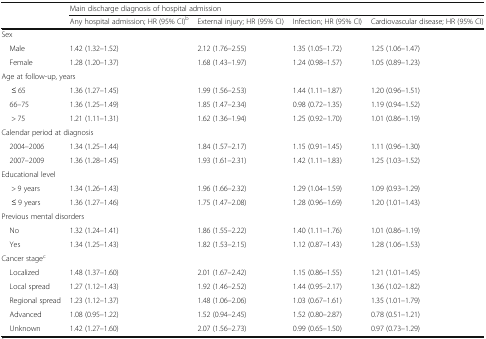
<table><thead><tr><td></td><td colspan="4"><b>Main discharge diagnosis of hospital admission</b></td></tr><tr><td></td><td><b>Any hospital admission; HR (95% CI)<sup>b</sup></b></td><td><b>External injury; HR (95% CI)</b></td><td><b>Infection; HR (95% CI)</b></td><td><b>Cardiovascular disease; HR (95% CI)</b></td></tr></thead><tbody><tr><td colspan="5">Sex</td></tr><tr><td> Male</td><td>1.42 (1.32–1.52)</td><td>2.12 (1.76–2.55)</td><td>1.35 (1.05–1.72)</td><td>1.25 (1.06–1.47)</td></tr><tr><td> Female</td><td>1.28 (1.20–1.37)</td><td>1.68 (1.43–1.97)</td><td>1.24 (0.98–1.57)</td><td>1.05 (0.89–1.23)</td></tr><tr><td colspan="5">Age at follow-up, years</td></tr><tr><td>≤ 65</td><td>1.36 (1.27–1.45)</td><td>1.99 (1.56–2.53)</td><td>1.44 (1.11–1.87)</td><td>1.20 (0.96–1.51)</td></tr><tr><td> 66–75</td><td>1.36 (1.25–1.49)</td><td>1.85 (1.47–2.34)</td><td>0.98 (0.72–1.35)</td><td>1.19 (0.94–1.52)</td></tr><tr><td>&gt; 75</td><td>1.21 (1.11–1.31)</td><td>1.62 (1.36–1.94)</td><td>1.25 (0.92–1.70)</td><td>1.01 (0.86–1.19)</td></tr><tr><td colspan="5">Calendar period at diagnosis</td></tr><tr><td> 2004–2006</td><td>1.34 (1.25–1.44)</td><td>1.84 (1.57–2.17)</td><td>1.15 (0.91–1.45)</td><td>1.11 (0.96–1.30)</td></tr><tr><td> 2007–2009</td><td>1.36 (1.28–1.45)</td><td>1.93 (1.61–2.31)</td><td>1.42 (1.11–1.83)</td><td>1.25 (1.03–1.52)</td></tr><tr><td colspan="5">Educational level</td></tr><tr><td>&gt; 9 years</td><td>1.34 (1.26–1.43)</td><td>1.96 (1.66–2.32)</td><td>1.29 (1.04–1.59)</td><td>1.09 (0.93–1.29)</td></tr><tr><td>≤ 9 years</td><td>1.36 (1.27–1.46)</td><td>1.75 (1.47–2.08)</td><td>1.28 (0.96–1.69)</td><td>1.20 (1.01–1.43)</td></tr><tr><td colspan="5">Previous mental disorders</td></tr><tr><td> No</td><td>1.32 (1.24–1.41)</td><td>1.86 (1.55–2.22)</td><td>1.40 (1.11–1.76)</td><td>1.01 (0.86–1.19)</td></tr><tr><td> Yes</td><td>1.34 (1.25–1.43)</td><td>1.82 (1.53–2.15)</td><td>1.12 (0.87–1.43)</td><td>1.28 (1.06–1.53)</td></tr><tr><td colspan="5">Cancer stage<sup>c</sup></td></tr><tr><td> Localized</td><td>1.48 (1.37–1.60)</td><td>2.01 (1.67–2.42)</td><td>1.15 (0.86–1.55)</td><td>1.21 (1.01–1.45)</td></tr><tr><td> Local spread</td><td>1.27 (1.12–1.43)</td><td>1.92 (1.46–2.52)</td><td>1.44 (0.95–2.17)</td><td>1.36 (1.02–1.82)</td></tr><tr><td> Regional spread</td><td>1.23 (1.12–1.37)</td><td>1.48 (1.06–2.06)</td><td>1.03 (0.67–1.61)</td><td>1.35 (1.01–1.79)</td></tr><tr><td> Advanced</td><td>1.08 (0.95–1.22)</td><td>1.52 (0.94–2.45)</td><td>1.52 (0.80–2.87)</td><td>0.78 (0.51–1.21)</td></tr><tr><td> Unknown</td><td>1.42 (1.27–1.60)</td><td>2.07 (1.56–2.73)</td><td>0.99 (0.65–1.50)</td><td>0.97 (0.73–1.29)</td></tr></tbody></table>